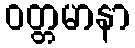
ဝတ္တမာနာ